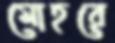
মোহরে